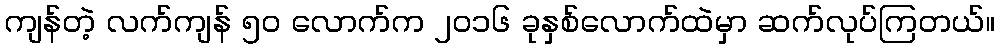
ကျန်တဲ့ လက်ကျန် ၅၀ လောက်က ၂၀၁၆ ခုနှစ်လောက်ထဲမှာ ဆက်လုပ်ကြတယ်။